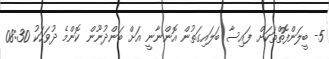
5- ބީލަންފޮތްތަކަށް ފައިސާ ބަލައިގަތުން އޮންނާނީ އަށް ބަންދުނޫން ކޮންމެ ދުވަހަކު 08:30